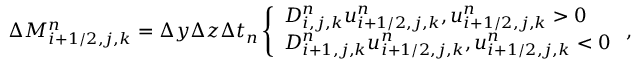
\begin{array} { r } { \Delta M _ { i + 1 / 2 , j , k } ^ { n } = \Delta y \Delta z \Delta t _ { n } \left\{ \begin{array} { l l } { D _ { i , j , k } ^ { n } u _ { i + 1 / 2 , j , k } ^ { n } , u _ { i + 1 / 2 , j , k } ^ { n } > 0 } \\ { D _ { i + 1 , j , k } ^ { n } u _ { i + 1 / 2 , j , k } ^ { n } , u _ { i + 1 / 2 , j , k } ^ { n } < 0 } \end{array} \right. , } \end{array}